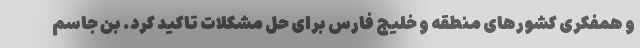
و همفکری کشورهای منطقه و خلیج فارس برای حل مشکلات تاکید کرد. بن جاسم